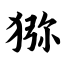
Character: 猕